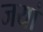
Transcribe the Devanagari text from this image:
जयां